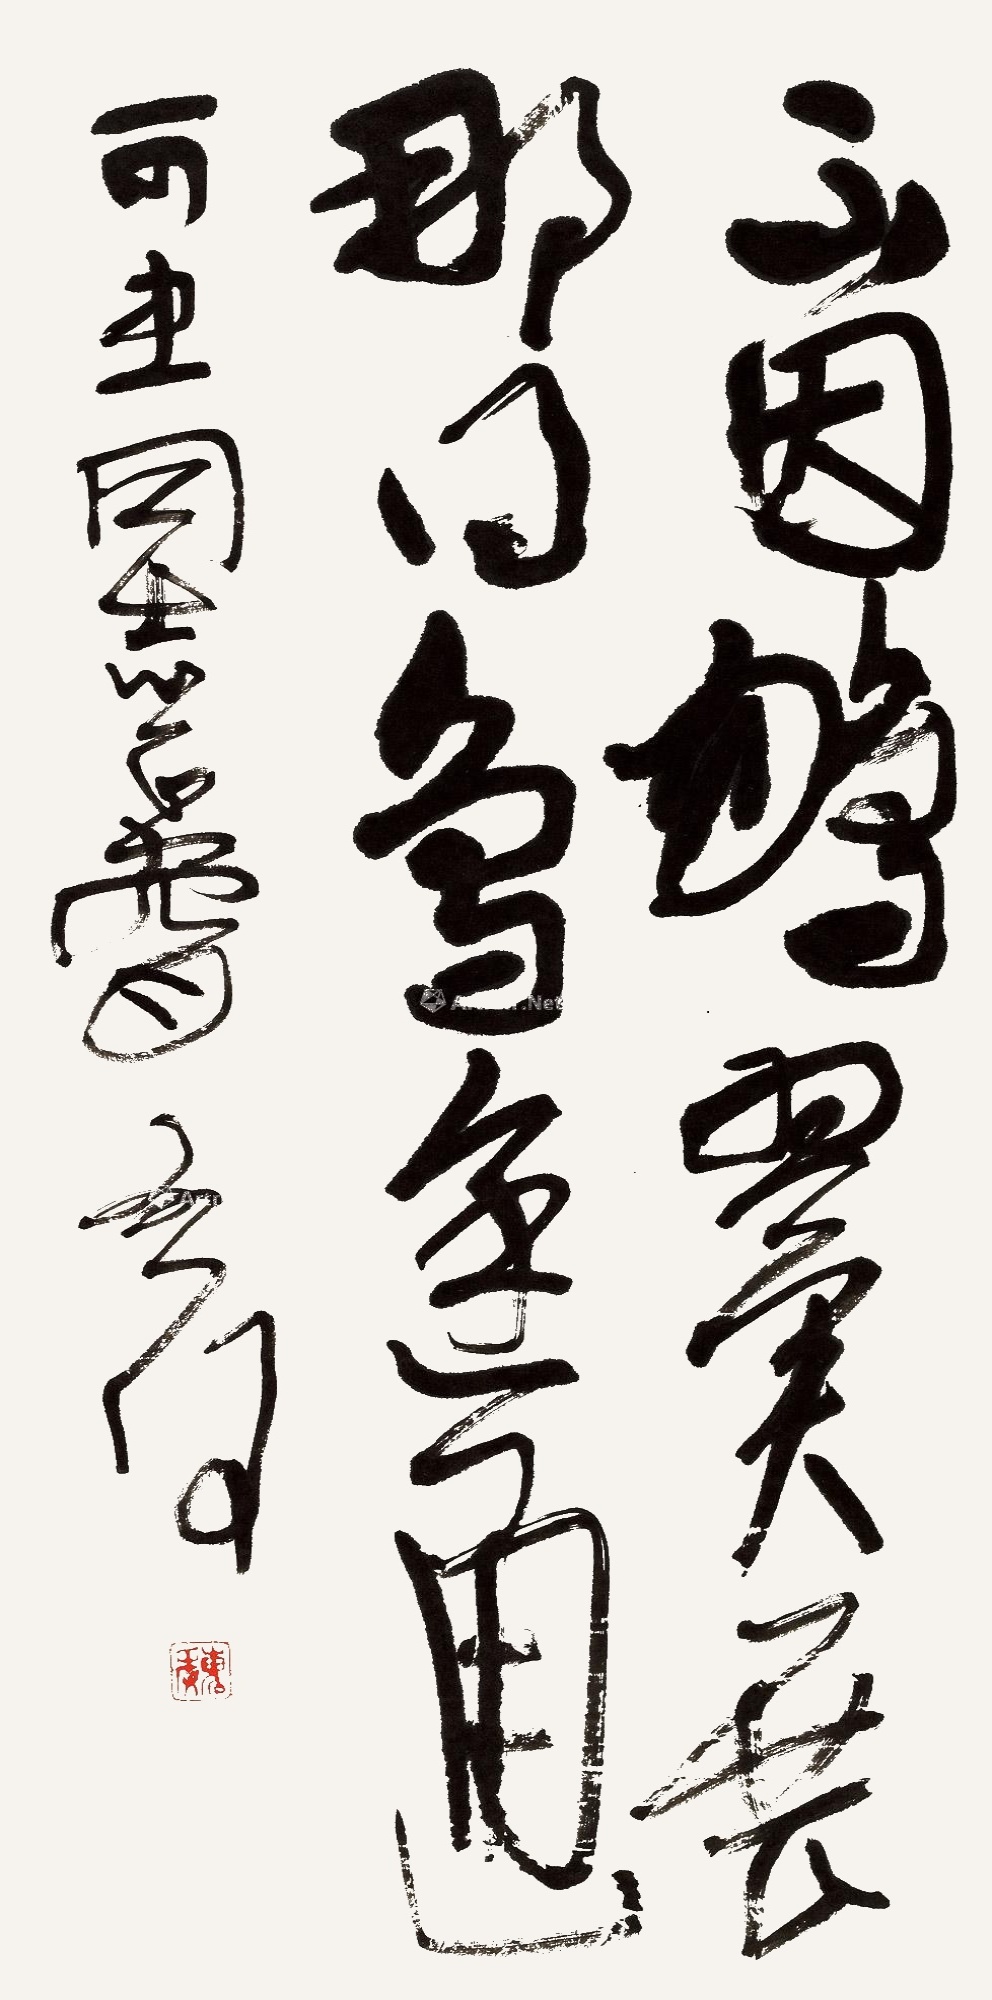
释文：不因鹏翼展，哪得鸟途通。可忠同志正腕，启后。